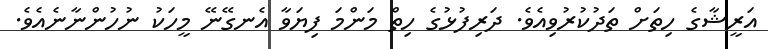
އަރީޝާގެ ހިތަށް ތަދުކުރުވިއެވެ. ދަރިފުޅުގެ ހިތް މަންމަ ފިޔަވާ އެނގޭނޭ މީހަކު ނުހުންނާނެއެވެ.